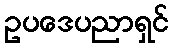
ဥပဒေပညာရှင်